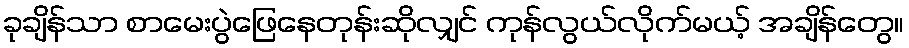
ခုချိန်သာ စာမေးပွဲဖြေနေတုန်းဆိုလျှင် ကုန်လွယ်လိုက်မယ့် အချိန်တွေ။